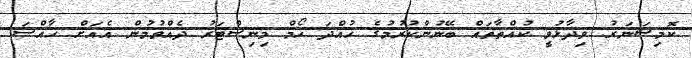
ކޮމިޝަނަރު ވިދާޅުވީ ކުއްތާތައް ބޭނުންކުރުމުގެ ހުއްދަ ހޯމް މިނިސްޓަރު ދެއްވުމުން އެއަށް ޚާއްސަ